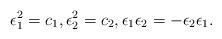
LaTeX: \begin{align*} \epsilon_1^2=c_1,\epsilon_2^2=c_2,\epsilon_1 \epsilon_2=- \epsilon_2 \epsilon_1.\end{align*}